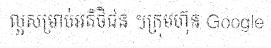
ល្អសម្រាប់អតិថិជន ។ក្រុមហ៊ុន Google